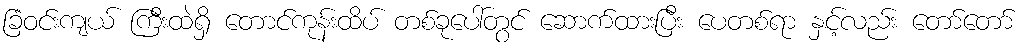
ခြံဝင်းကျယ် ကြီးထဲရှိ တောင်ကုန်းထိပ် တစ်ခုပေါ်တွင် ဆောက်ထားပြီး ပေတစ်ရာ နှင့်လည်း တော်တော်